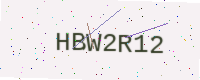
Text: HBW2R12